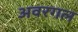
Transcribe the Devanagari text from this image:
अवरगल